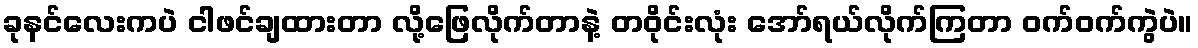
ခုနင်လေးကပဲ ငါဖင်ချထားတာ လို့ဖြေလိုက်တာနဲ့ တဝိုင်းလုံး အော်ရယ်လိုက်ကြတာ ဝက်ဝက်ကွဲပဲ။